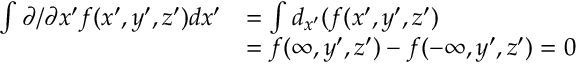
\begin{array} { r l } { \int \partial / \partial x ^ { \prime } f ( x ^ { \prime } , y ^ { \prime } , z ^ { \prime } ) d x ^ { \prime } } & { = \int d _ { x ^ { \prime } } ( f ( x ^ { \prime } , y ^ { \prime } , z ^ { \prime } ) } \\ & { = f ( \infty , y ^ { \prime } , z ^ { \prime } ) - f ( - \infty , y ^ { \prime } , z ^ { \prime } ) = 0 } \end{array}